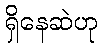
ရှိနေဆဲဟု